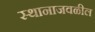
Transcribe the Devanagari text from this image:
स्थानाजवळील